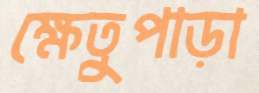
ক্ষেতুপাড়া